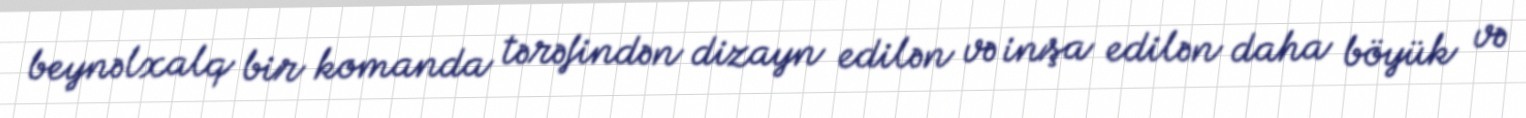
beynəlxalq bir komanda tərəfindən dizayn edilən və inşa edilən daha böyük və